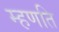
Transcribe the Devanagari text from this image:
म्हणति